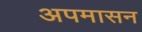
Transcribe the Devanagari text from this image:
अपमासन